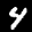
Label: 4